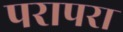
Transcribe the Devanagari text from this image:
परापरा